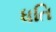
ધતિ